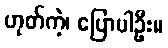
ဟုတ်ကဲ့၊ ပြောပါဦး။